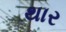
થાર